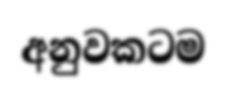
අනුවකටම